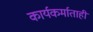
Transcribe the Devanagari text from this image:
कार्यकर्माताही